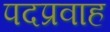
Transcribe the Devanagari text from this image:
पदप्रवाह